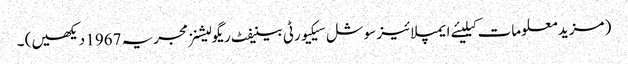
( مزید معلومات کیلیئے ایمپلائیز سوشل سیکیورٹی بینیفٹ ریگولیشنز مجریہ 1967 دیکھیں) ۔